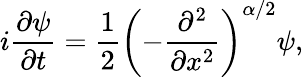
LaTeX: i\frac{\partial\psi}{\partial t}=\frac{1}{2}\left(-\frac{\partial^{2}}{\partial x^{2}}\right)^{\alpha/2}\psi,